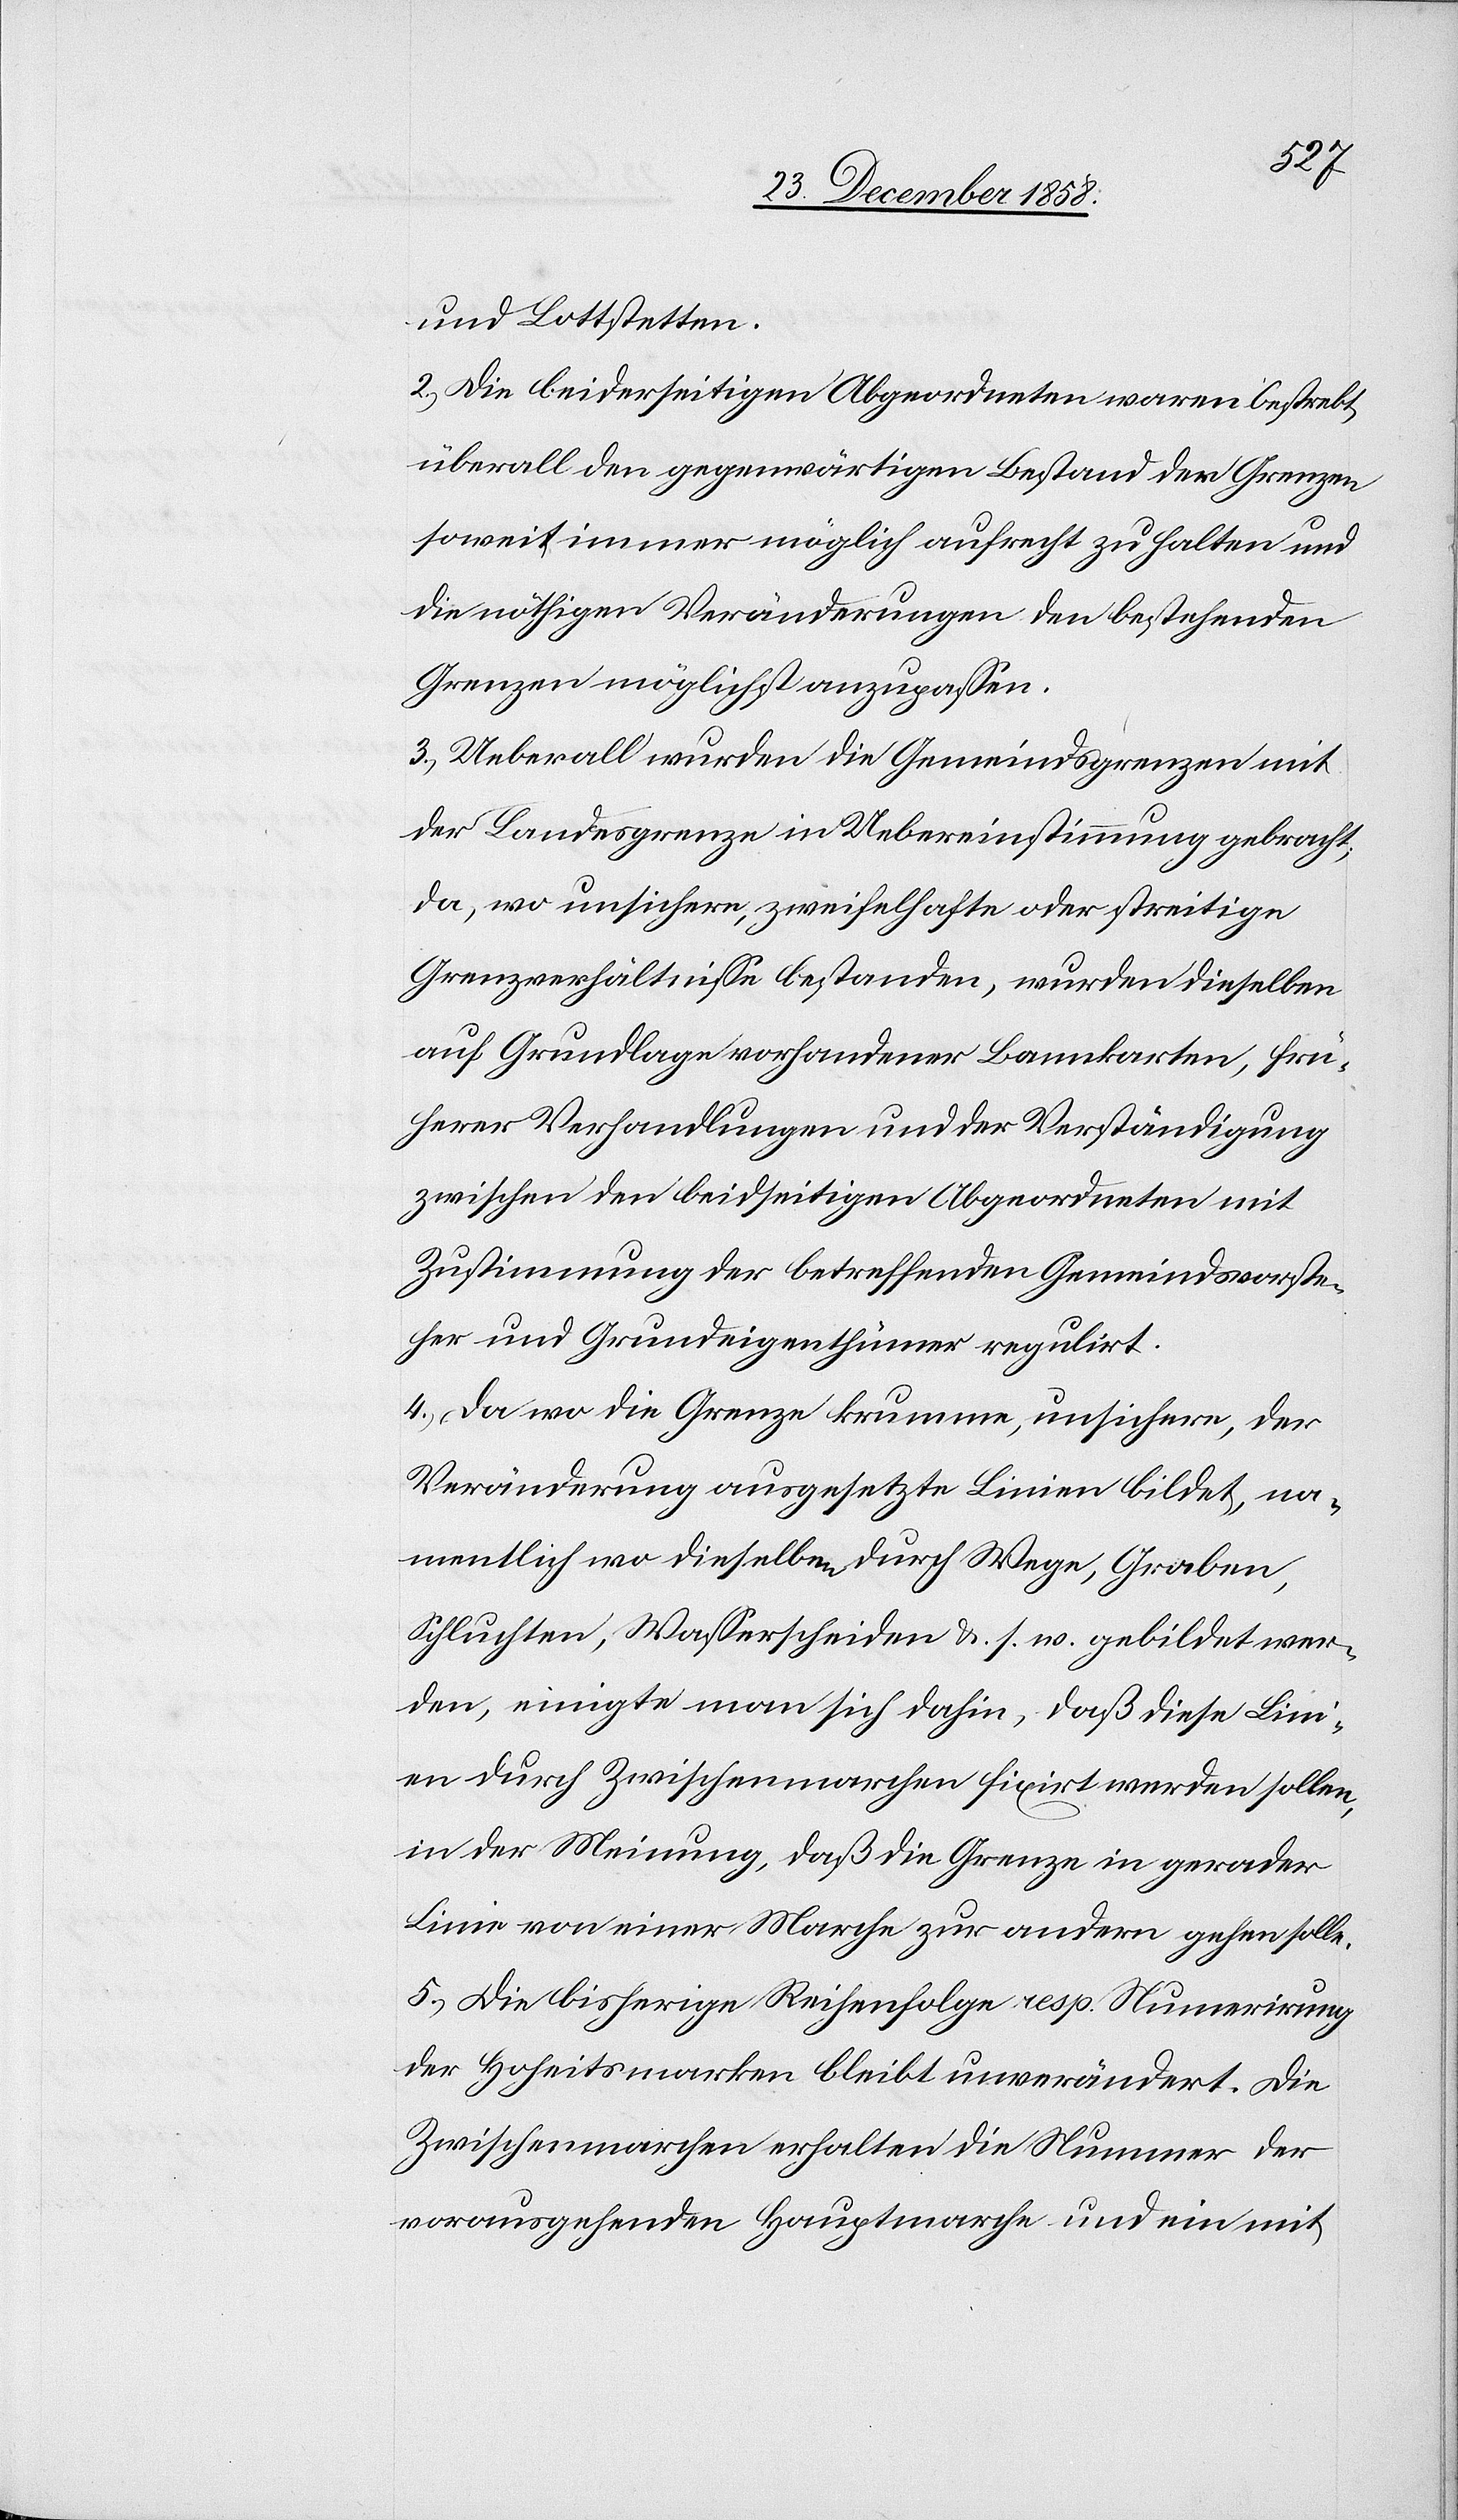
und Lottstetten.
2.) Die beiderseitigen Abgeordneten waren bestrebt,
überall den gegenwärtigen Bestand der Grenzen
soweit immer möglich aufrecht zu halten und
die nöthigen Veränderungen den bestehenden
Grenzen möglichst anzupassen.
3.) Ueberall wurden die Gemeindsgrenzen mit
der Landesgrenze in Uebereinstimmung gebracht;
da, wo unsichere, zweifelhafte oder streitige
Grenzverhältnisse bestanden, wurden dieselben
auf Grundlage vorhandener Bannkarten, frü¬
herer Verhandlungen und der Verständigung
zwischen den beidseitigen Abgeordneten mit
Zustimmung der betreffenden Gemeindsvorste¬
her und Grundeigenthümer regulirt.
4.) Da wo die Grenze krumme, unsichere, der
Veränderung ausgesetzte Linien bildet, na¬
mentlich wo dieselben durch Wege, Graben,
Schluchten, Wasserscheiden &. s. w. gebildet wer¬
den, einigte man sich dahin, daß diese Lini¬
en durch Zwischenmarchen fixirt werden sollen,
in der Meinung, daß die Grenze in gerader
Linie von einer Marche zur andern gehen solle.
5.) Die bisherige Reihenfolge resp. Num[m]erirung
der Hoheitsmarken bleibt unverändert. Die
Zwischenmarchen erhalten die Nummer der
vorausgehenden Hauptmarche und ein mit